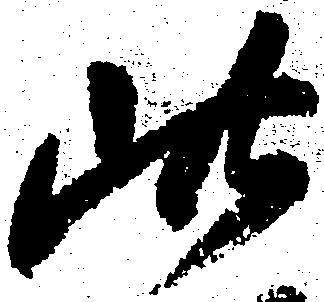
此